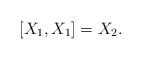
\begin{align*}[X_{1},X_{1}]=X_{2}.\end{align*}